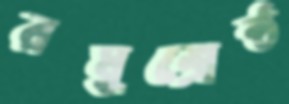
রঘুশ্রেষ্ঠ